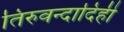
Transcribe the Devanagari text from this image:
तिरुवन्दादिही